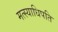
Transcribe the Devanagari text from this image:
मत्स्याधिपति